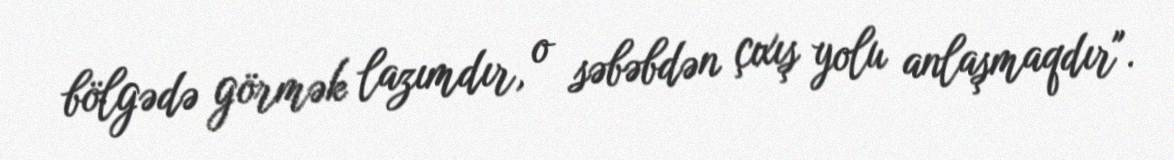
bölgədə görmək lazımdır, o səbəbdən çıxış yolu anlaşmaqdır".